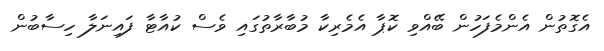
އެގޮތުން އެންމެފަހުން ބޭއްވި ކޮޕާ އެމެރިކާ މުބާރާތުގައި ވެސް ކުއާޓާ ފައިނަލާ ހިސާބުން